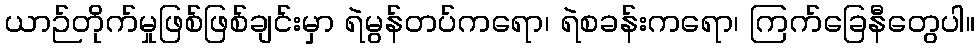
ယာဉ်တိုက်မှုဖြစ်ဖြစ်ချင်းမှာ ရဲမွန်တပ်ကရော၊ ရဲစခန်းကရော၊ ကြက်ခြေနီတွေပါ။